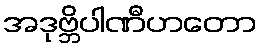
အဒုဗ္ဘိပါဏီဟတော